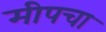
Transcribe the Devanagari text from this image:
मीपचा